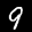
Label: 9